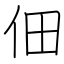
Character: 佃